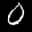
Label: 0